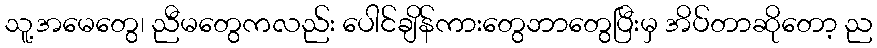
သူ့အမေတွေ၊ ညီမတွေကလည်း ပေါင်ချိန်ကားတွေဘာတွေပြီးမှ အိပ်တာဆိုတော့ ည